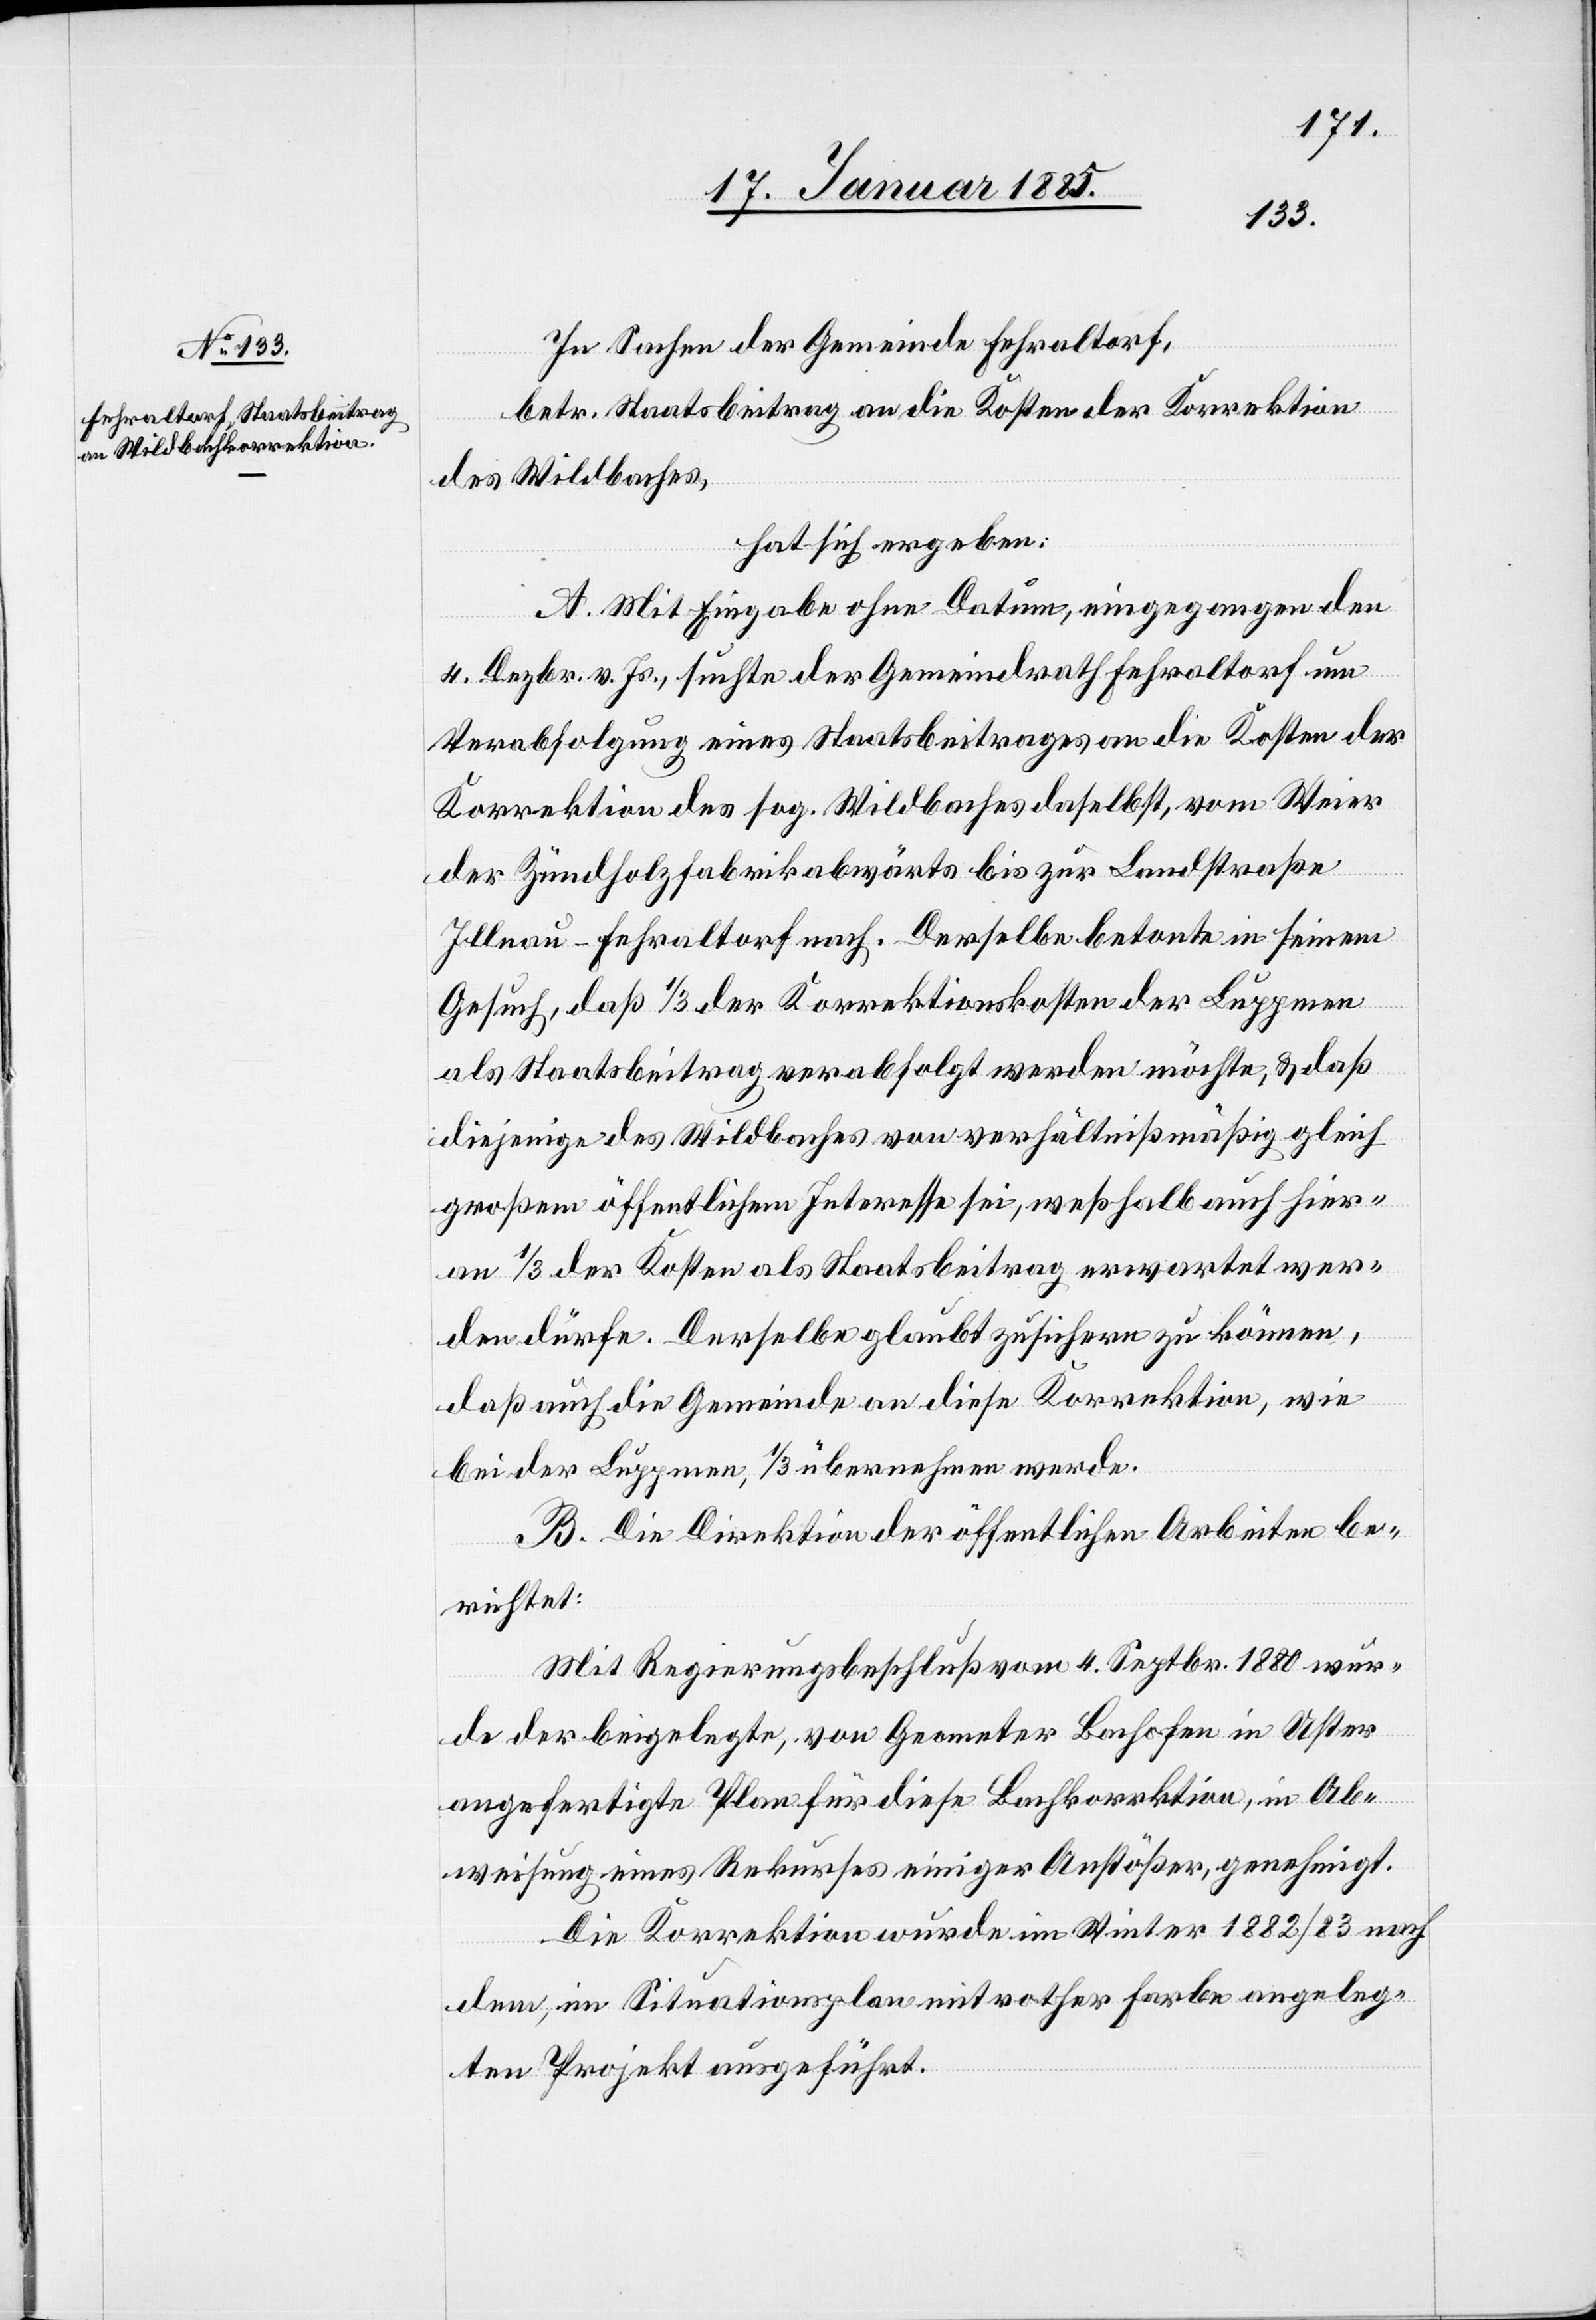
In Sachen der Gemeinde Fehraltorf,
betr. Staatsbeitrag an die Kosten der Korrektion
des Wildbaches,
hat sich ergeben:
A. Mit Eingabe ohne Datum, eingegangen den
4. Dezbr. v. Js., suchte der Gemeindrath Fehraltorf um
Verabfolgung eines Staatsbeitrages an die Kosten der
Korrektion des sog. Wildbaches daselbst, vom Weier
der Zündholzfabrik abwärts bis zur Landstraße
Illnau–Fehraltorf nach. Derselbe betonte in seinem
Gesuch, daß 1/3 der Korrektionskosten der Luppmen
als Staatsbeitrag verabfolgt werden möchte, & daß
diejenige des Wildbaches von verhältnißmäßig gleich
großem öffentlichem Interesse sei, weßhalb auch hier
an 1/3 der Kosten als Staatsbeitrag erwartet wer¬
den dürfe. Derselbe glaubt zusichern zu können,
daß auch die Gemeinde an diese Korrektion, wie
bei der Luppmen, 1/3 übernehmen werde.
B. Die Direktion der öffentlichen Arbeiten be¬
richtet:
Mit Regierungsbeschluß vom 4. Septbr. 1880 wur¬
de der beigelegte, von Geometer Bachofen in Uster
angefertigte Plan für diese Bachkorrektion, in Ab¬
weisung eines Rekurses einiger Anstößer, genehmigt.
Die Korrektion wurde im Winter 1882/83 nach
dem, im Situationsplan mit rother Farbe angeleg¬
ten Projekt ausgeführt.